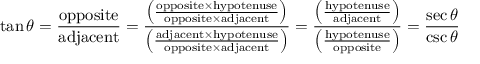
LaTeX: \tan \theta = { \frac { \mathrm { o p p o s i t e } } { \mathrm { a d j a c e n t } } } = { \frac { \left( { \frac { \mathrm { o p p o s i t e } \times \mathrm { h y p o t e n u s e } } { \mathrm { o p p o s i t e } \times \mathrm { a d j a c e n t } } } \right) } { \left( { \frac { \mathrm { a d j a c e n t } \times \mathrm { h y p o t e n u s e } } { \mathrm { o p p o s i t e } \times \mathrm { a d j a c e n t } } } \right) } } = { \frac { \left( { \frac { \mathrm { h y p o t e n u s e } } { \mathrm { a d j a c e n t } } } \right) } { \left( { \frac { \mathrm { h y p o t e n u s e } } { \mathrm { o p p o s i t e } } } \right) } } = { \frac { \sec \theta } { \csc \theta } }